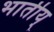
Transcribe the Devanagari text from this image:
भार्तीय्